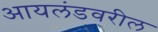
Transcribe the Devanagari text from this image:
आयलंडवरील